Juri_Uluots, lk 28
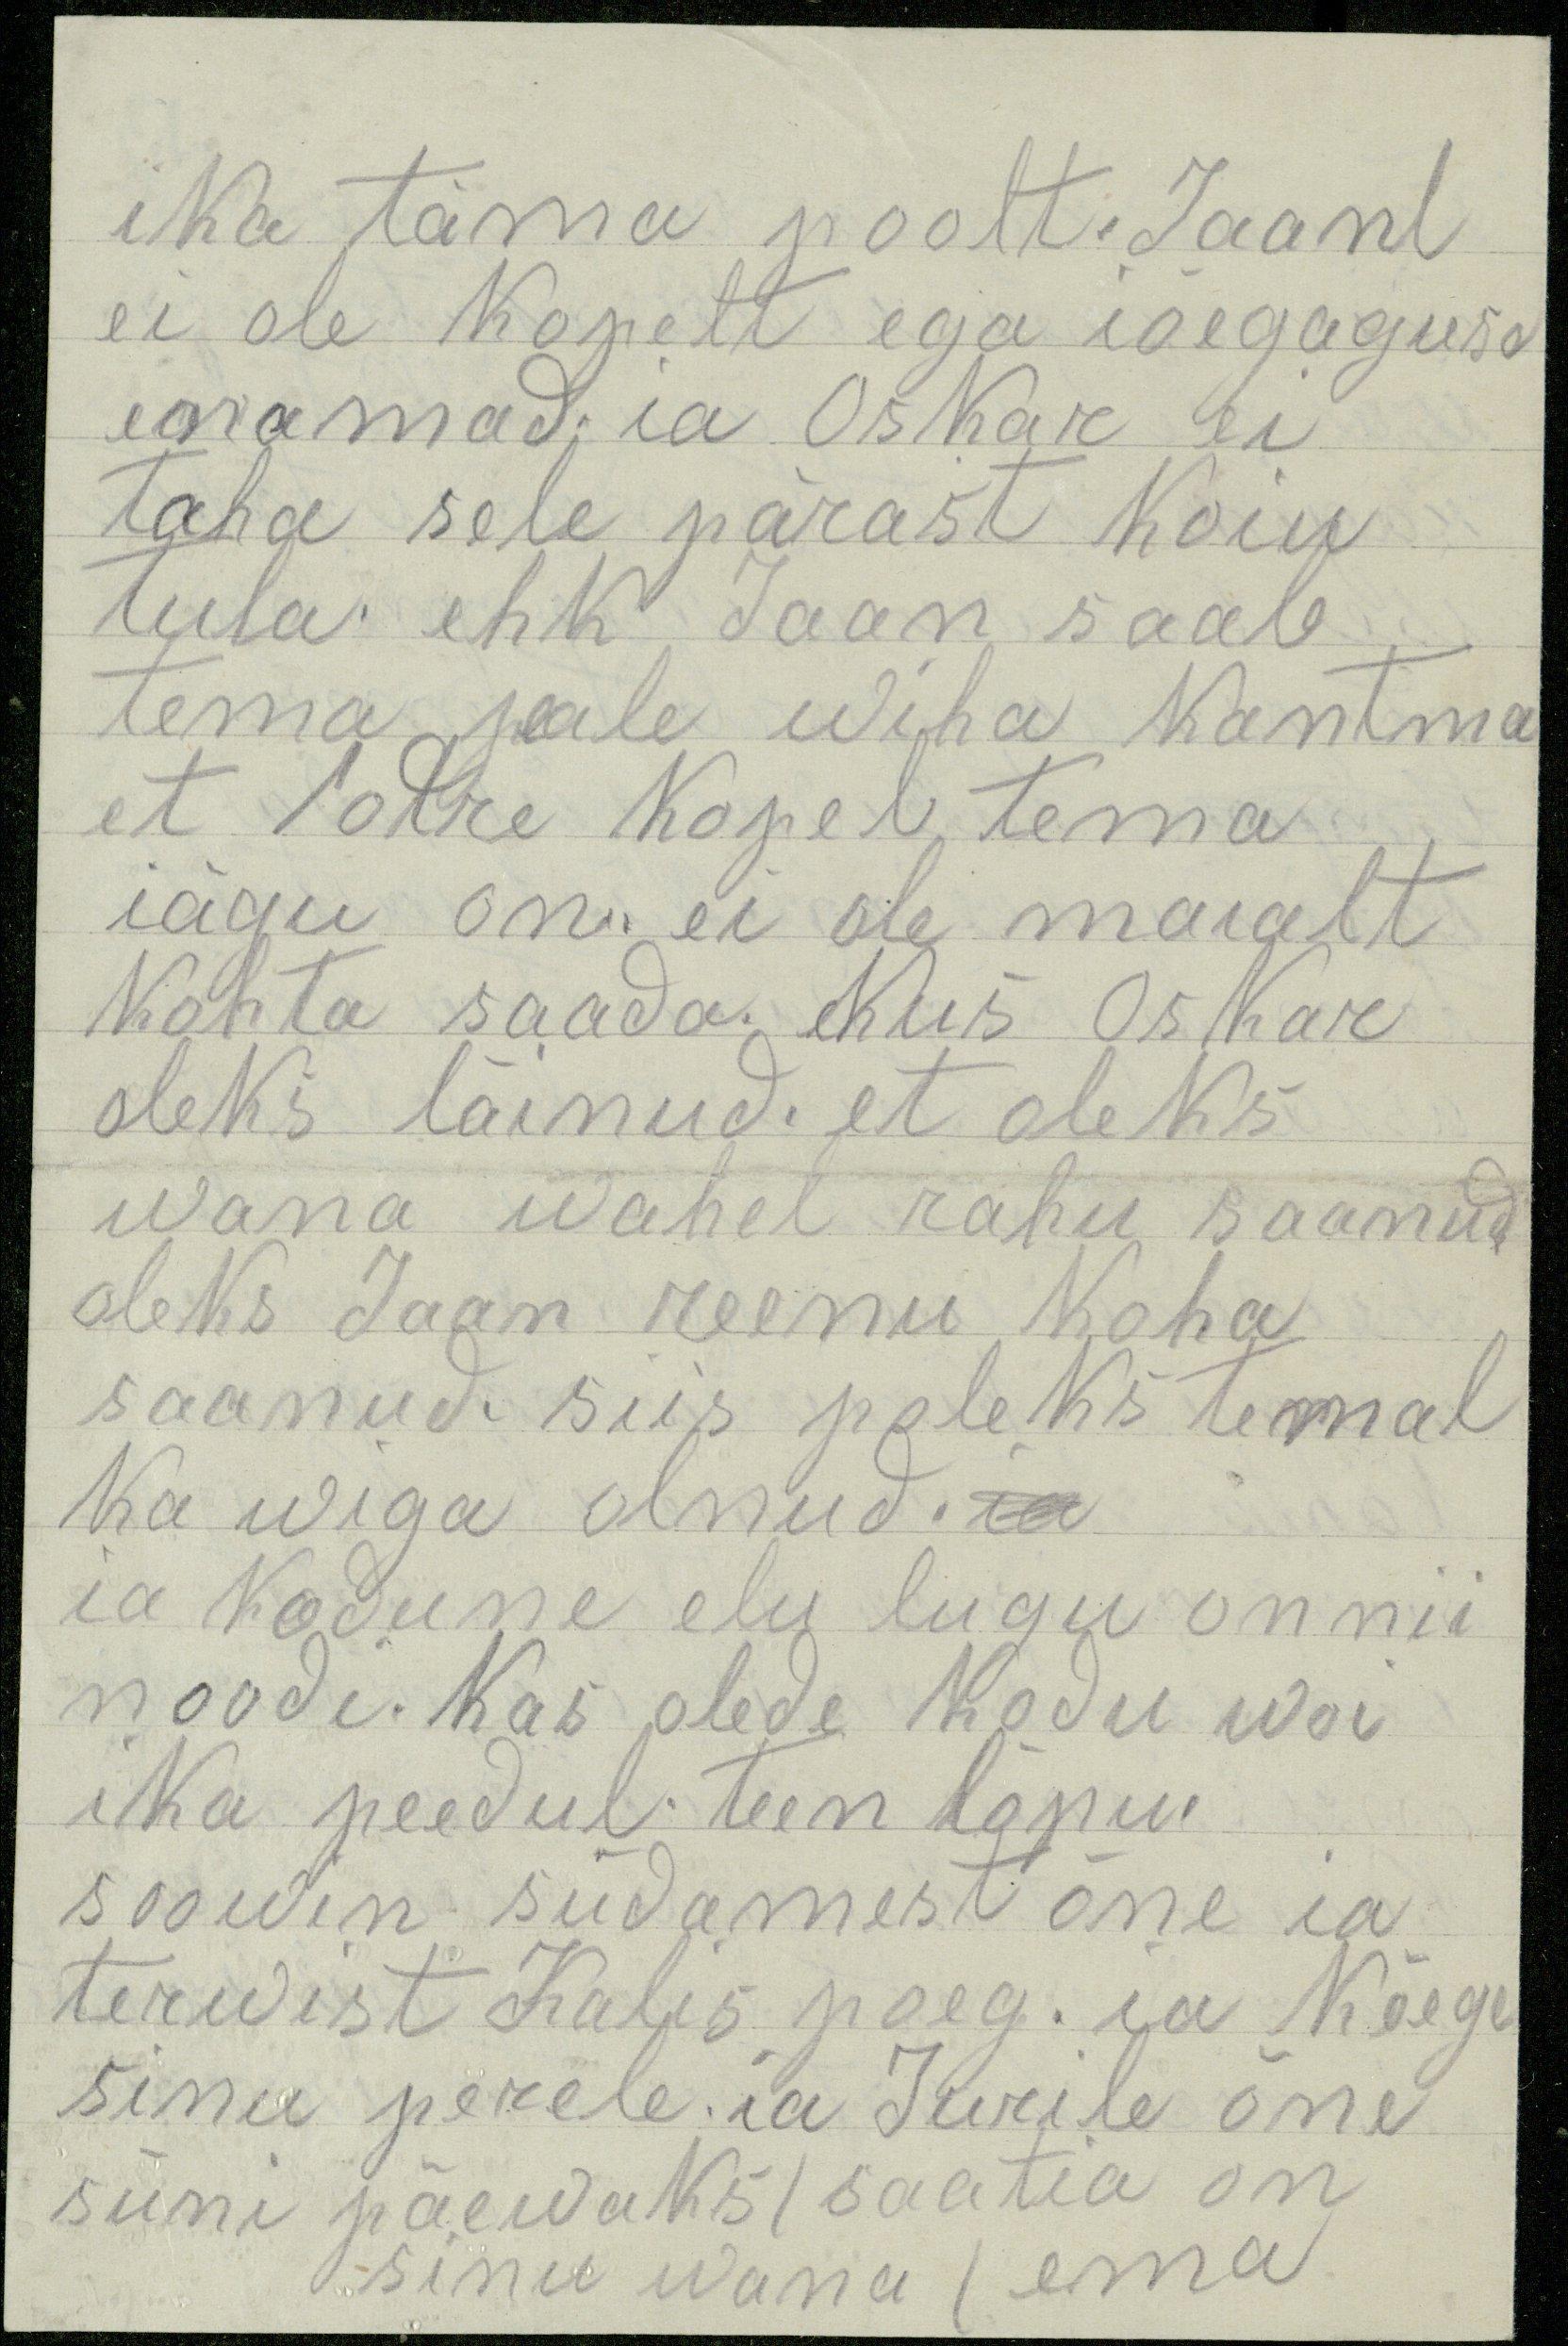
ika täma poolt. Jaanl
ei ole kopelt ega iõegaguse
enamad. ja Oskar ei
taha sele pärast koiu
tula. ehk Jaan saab
tema peale wiha kantma
et lotre Kopel tema
iägu on. ei ole maialt
kohta saada. kus Oskar
oleks läinud. et oleks
wana wahel rahu saanud
oleks Jaan reenu koha
saanud, siis poleks temal
ka wiga olnud. ia
ia kodune elu lugu on nii
noodi. Kas olede kodu woi
ika peedul. teen lõpu.
soowin südamest õne ia
terwist kalis poeg. ja kõege
sinu perele. ia Jurile õne
süni päewaks (saatia on
sinu wana I ema